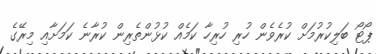
ޕޯޓޯ ބަލިކުރުމަށް ކުރެވެން ހުރި ހުރިހާ ކަމެއް ކުޅުންތެރިން ކުރާނެ ކަމަށާއި މިރޭގެ